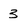
Character: 3